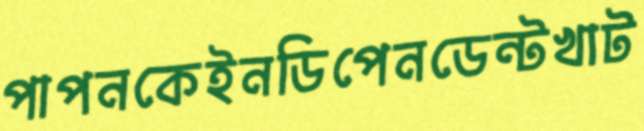
পাপনকেইনডিপেনডেন্টখাট